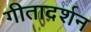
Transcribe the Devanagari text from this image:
गीतादर्शन